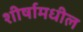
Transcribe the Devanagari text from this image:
शीर्षामधील